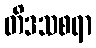
တိဒသစရာ